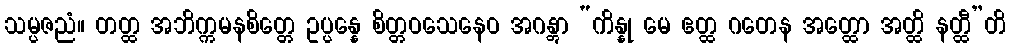
သမ္ပဇညံ။ တတ္ထ အဘိက္ကမနစိတ္တေ ဥပ္ပန္နေ စိတ္တဝသေနေဝ အဂန္တွာ “ကိန္နု မေ ဧတ္ထ ဂတေန အတ္ထော အတ္ထိ နတ္ထီ”တိ